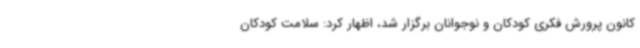
کانون پرورش فکری کودکان و نوجوانان برگزار شد، اظهار کرد: سلامت کودکان